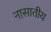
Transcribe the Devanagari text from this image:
नासातीय